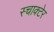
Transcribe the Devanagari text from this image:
स्चाक्टेर